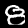
Digit: 8